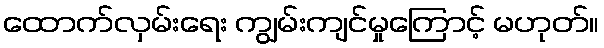
ထောက်လှမ်းရေး ကျွမ်းကျင်မှုကြောင့် မဟုတ်။